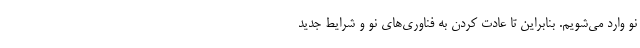
نو وارد می‌شویم. بنابراین تا عادت کردن به فناوری‌های نو و شرایط جدید